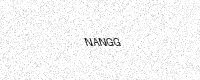
Text: NANGG